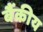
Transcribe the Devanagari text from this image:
बैंकीय